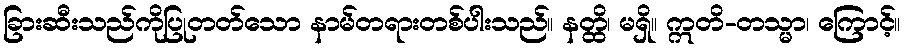
ခြားဆီးသည်ကိုပြုတတ်သော နာမ်တရားတစ်ပါးသည်။ နတ္ထိ၊ မရှိ။ ဣတိ-တသ္မာ၊ ကြောင့်။